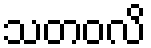
သတဝလိ